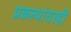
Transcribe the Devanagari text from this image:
प्रकल्पांवरही